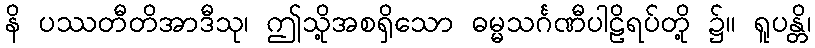
နိ ပဿတီတိအာဒီသု၊ ဤသို့အစရှိသော ဓမ္မသင်္ဂဏီပါဠိရပ်တို့ ၌။ ရူပန္တိ၊